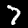
Digit: 7